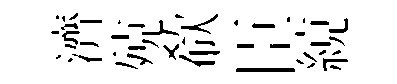
濟殑欷臣綂